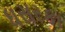
ધસરકા